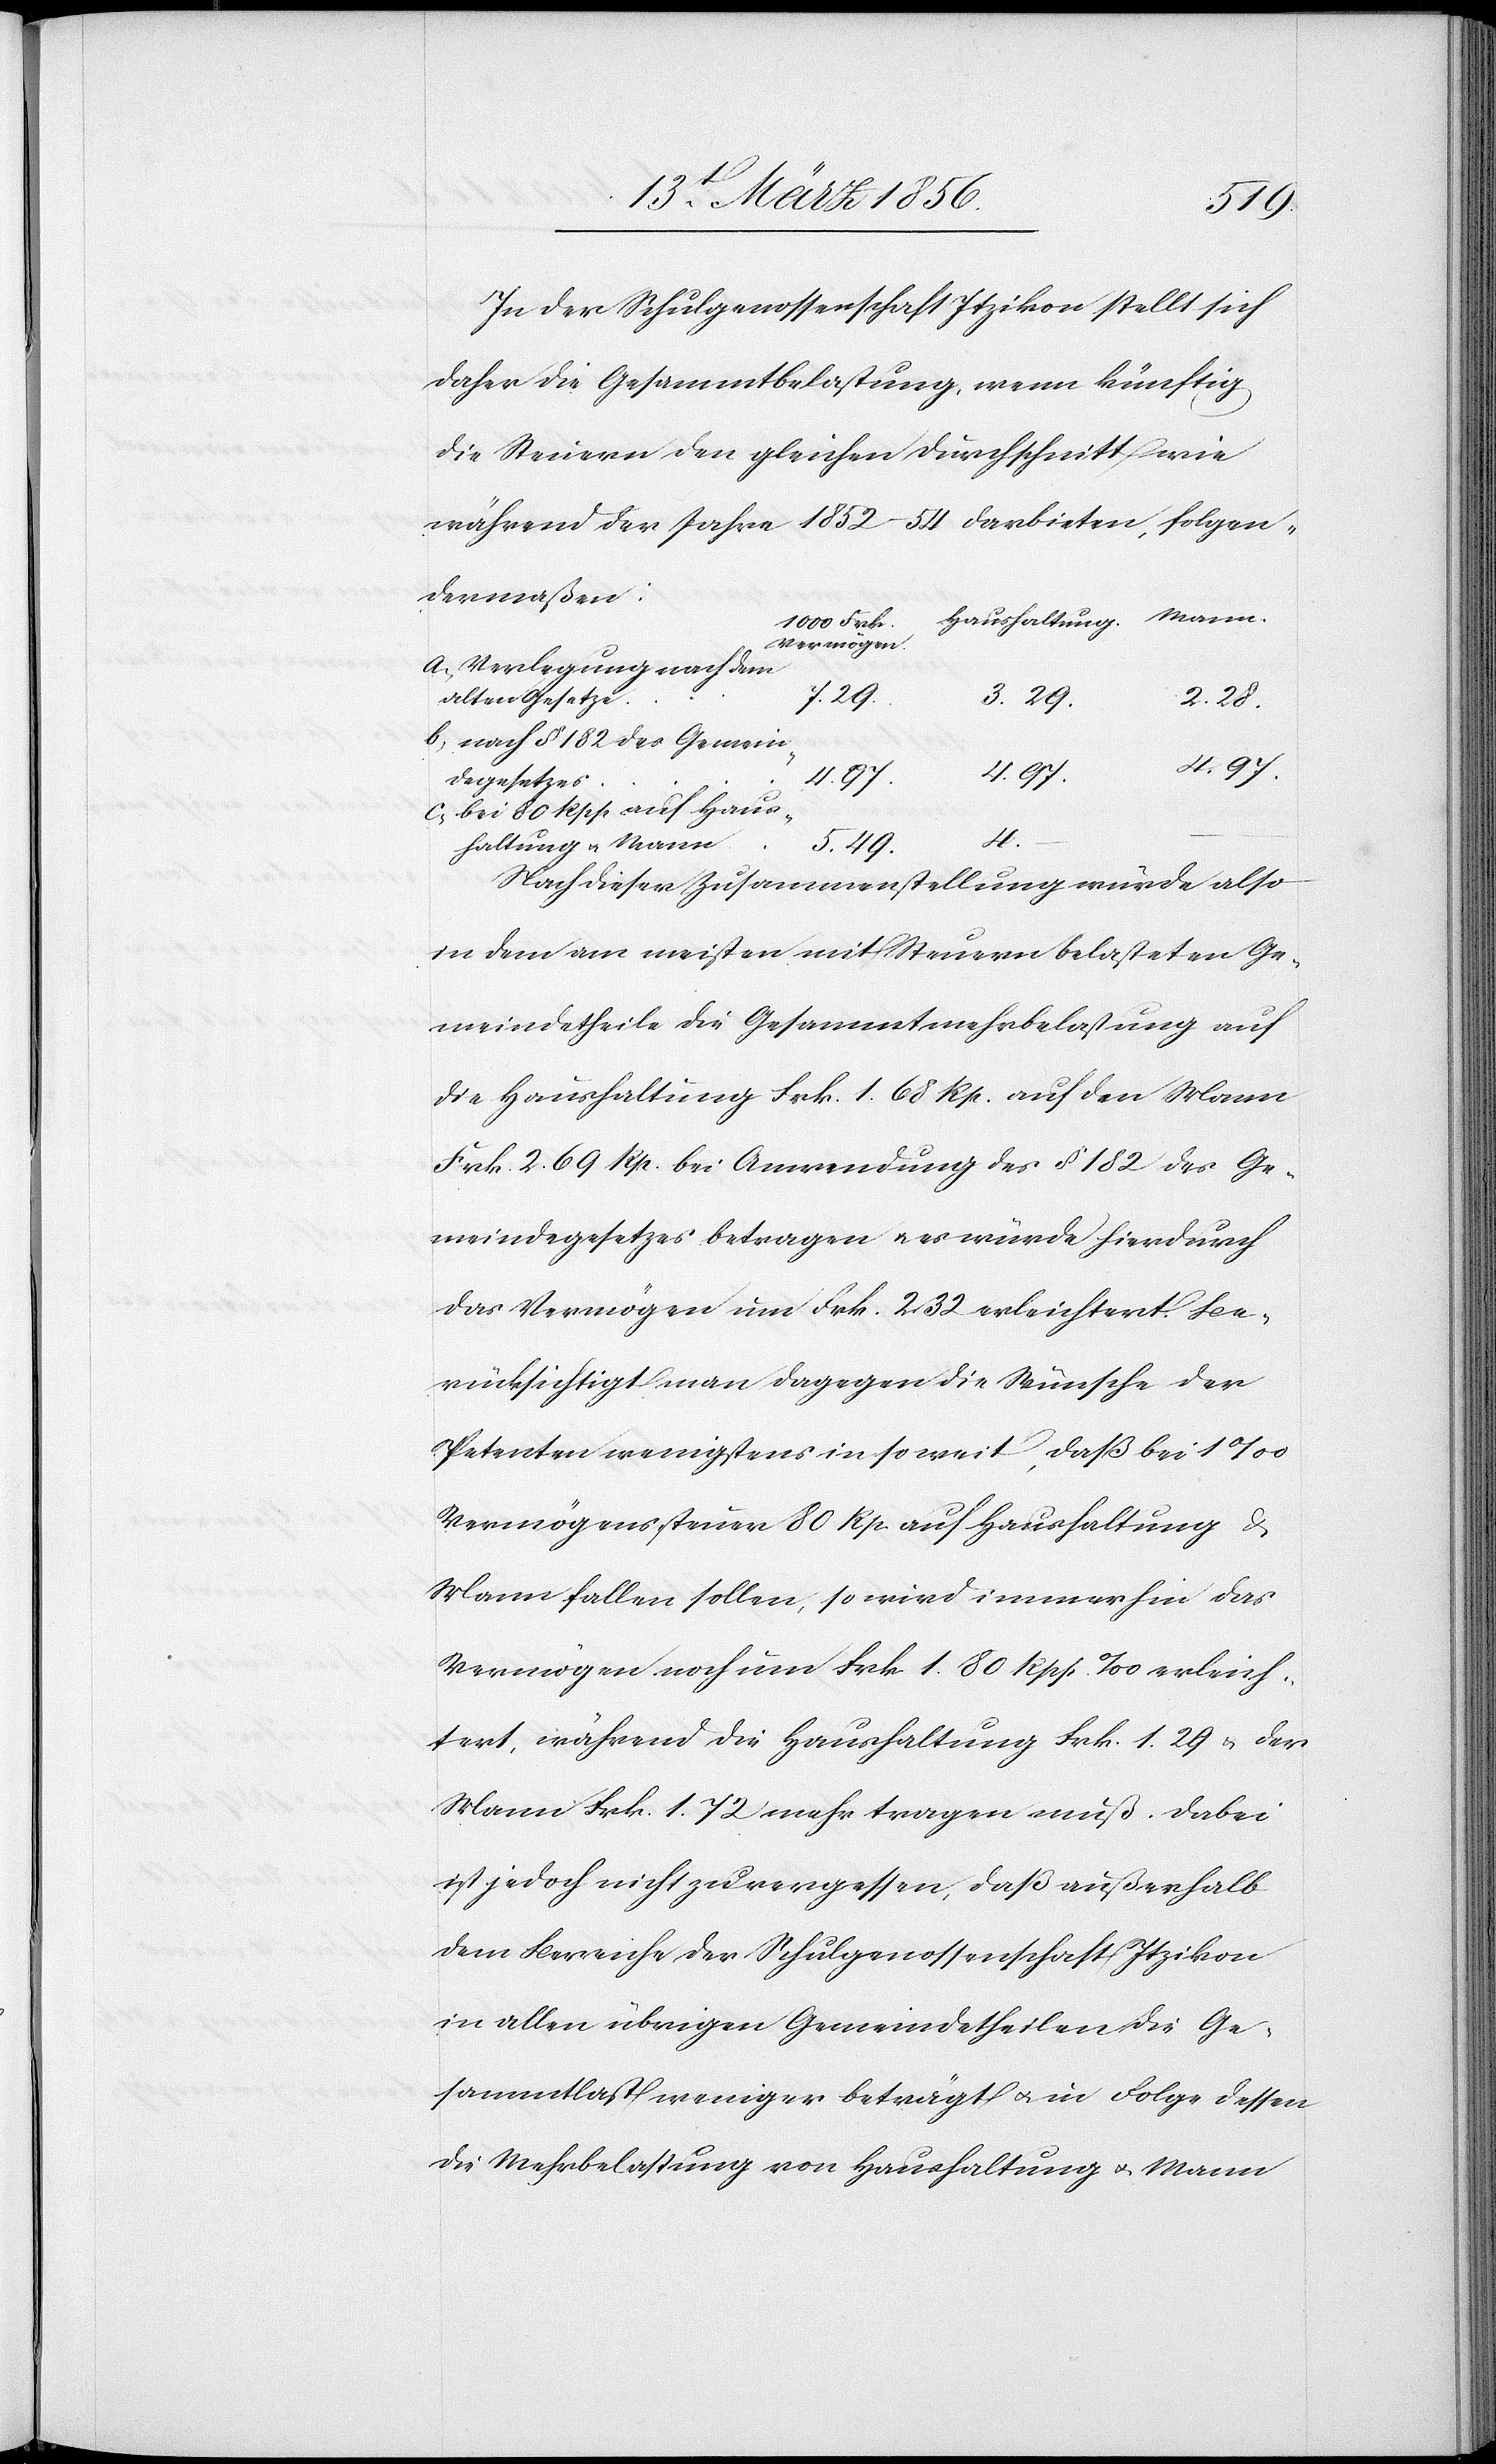
In der Schulgenossenschaft Itzikon stellt sich
daher die Gesammtbelastung, wenn künftig
die Steuern den gleichen Durchschnitt wie
während der Jahre 1852–54 darbieten, folgen¬
dermaßen:
Haushaltung.
1000 Frk.
Vermögen
Verlegung nach dem
7.29.
a.,
alten Gesetze
3.29.
2.28.
nach § 182 des Gemein¬
4.97.
degesetzes
bei 80 Rpp auf Haus¬
4.
haltung u. Mann
5.49.
Nach dieser Zusammenstellung würde also
in dem am meisten mit Steuern belasteten Ge¬
meindetheile die Gesammtmehrbelastung auf
die Haushaltung Frk. 1. 68 Rp. auf den Mann
Frk. 2. 69 Rp. bei Anwendung des § 182 des Ge¬
meindegesetzes betragen u. es würde hierdurch
das Vermögen um Frk. 2. 32 erleichtert. Be¬
rücksichtigt man dagegen die Wünsche der
Petenten wenigstens in so weit, daß bei 1‰
Vermögenssteuer 80 Rp. auf Haushaltung &
Mann fallen sollen, so wird immerhin das
Vermögen noch um Frk. 1. 80 Rpp. ‰ erleich¬
tert, während die Haushaltung Frk. 1. 29 u. der
Mann Frk. 1. 72 mehr tragen muß. Dabei
ist jedoch nicht zu vergessen, daß außerhalb
dem Bereiche der Schulgenossenschaft Itzikon
in allen übrigen Gemeindetheilen die Ge¬
sammtlast weniger beträgt u. in Folge dessen
die Mehrbelastung von Haushaltung u. Mann